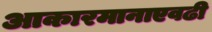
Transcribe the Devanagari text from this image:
आकारमानाएवढी